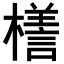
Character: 𣜆